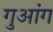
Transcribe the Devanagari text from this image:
गुआंग